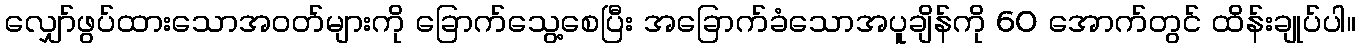
လျှော်ဖွပ်ထားသောအဝတ်များကို ခြောက်သွေ့စေပြီး အခြောက်ခံသောအပူချိန်ကို 60 အောက်တွင် ထိန်းချုပ်ပါ။